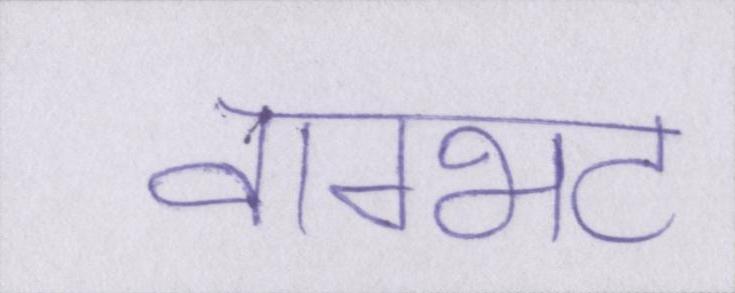
वाग्भट